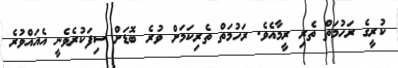
ކުރީގެ ރަހުމަތް ތެރި ރީމާއެވެ. ރަހުމަތް ތެރިކަމަށް ވުރެ ބޮޑަށް ސިފަކުރެވެނީ އެއައްވުރެ